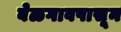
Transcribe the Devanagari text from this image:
बेळगावपासून